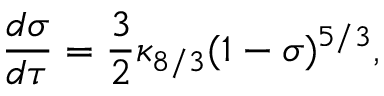
\frac { d \sigma } { d \tau } = \frac { 3 } { 2 } \kappa _ { 8 / 3 } ( 1 - \sigma ) ^ { 5 / 3 } ,